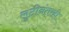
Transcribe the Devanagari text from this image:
लुटीनंतरही